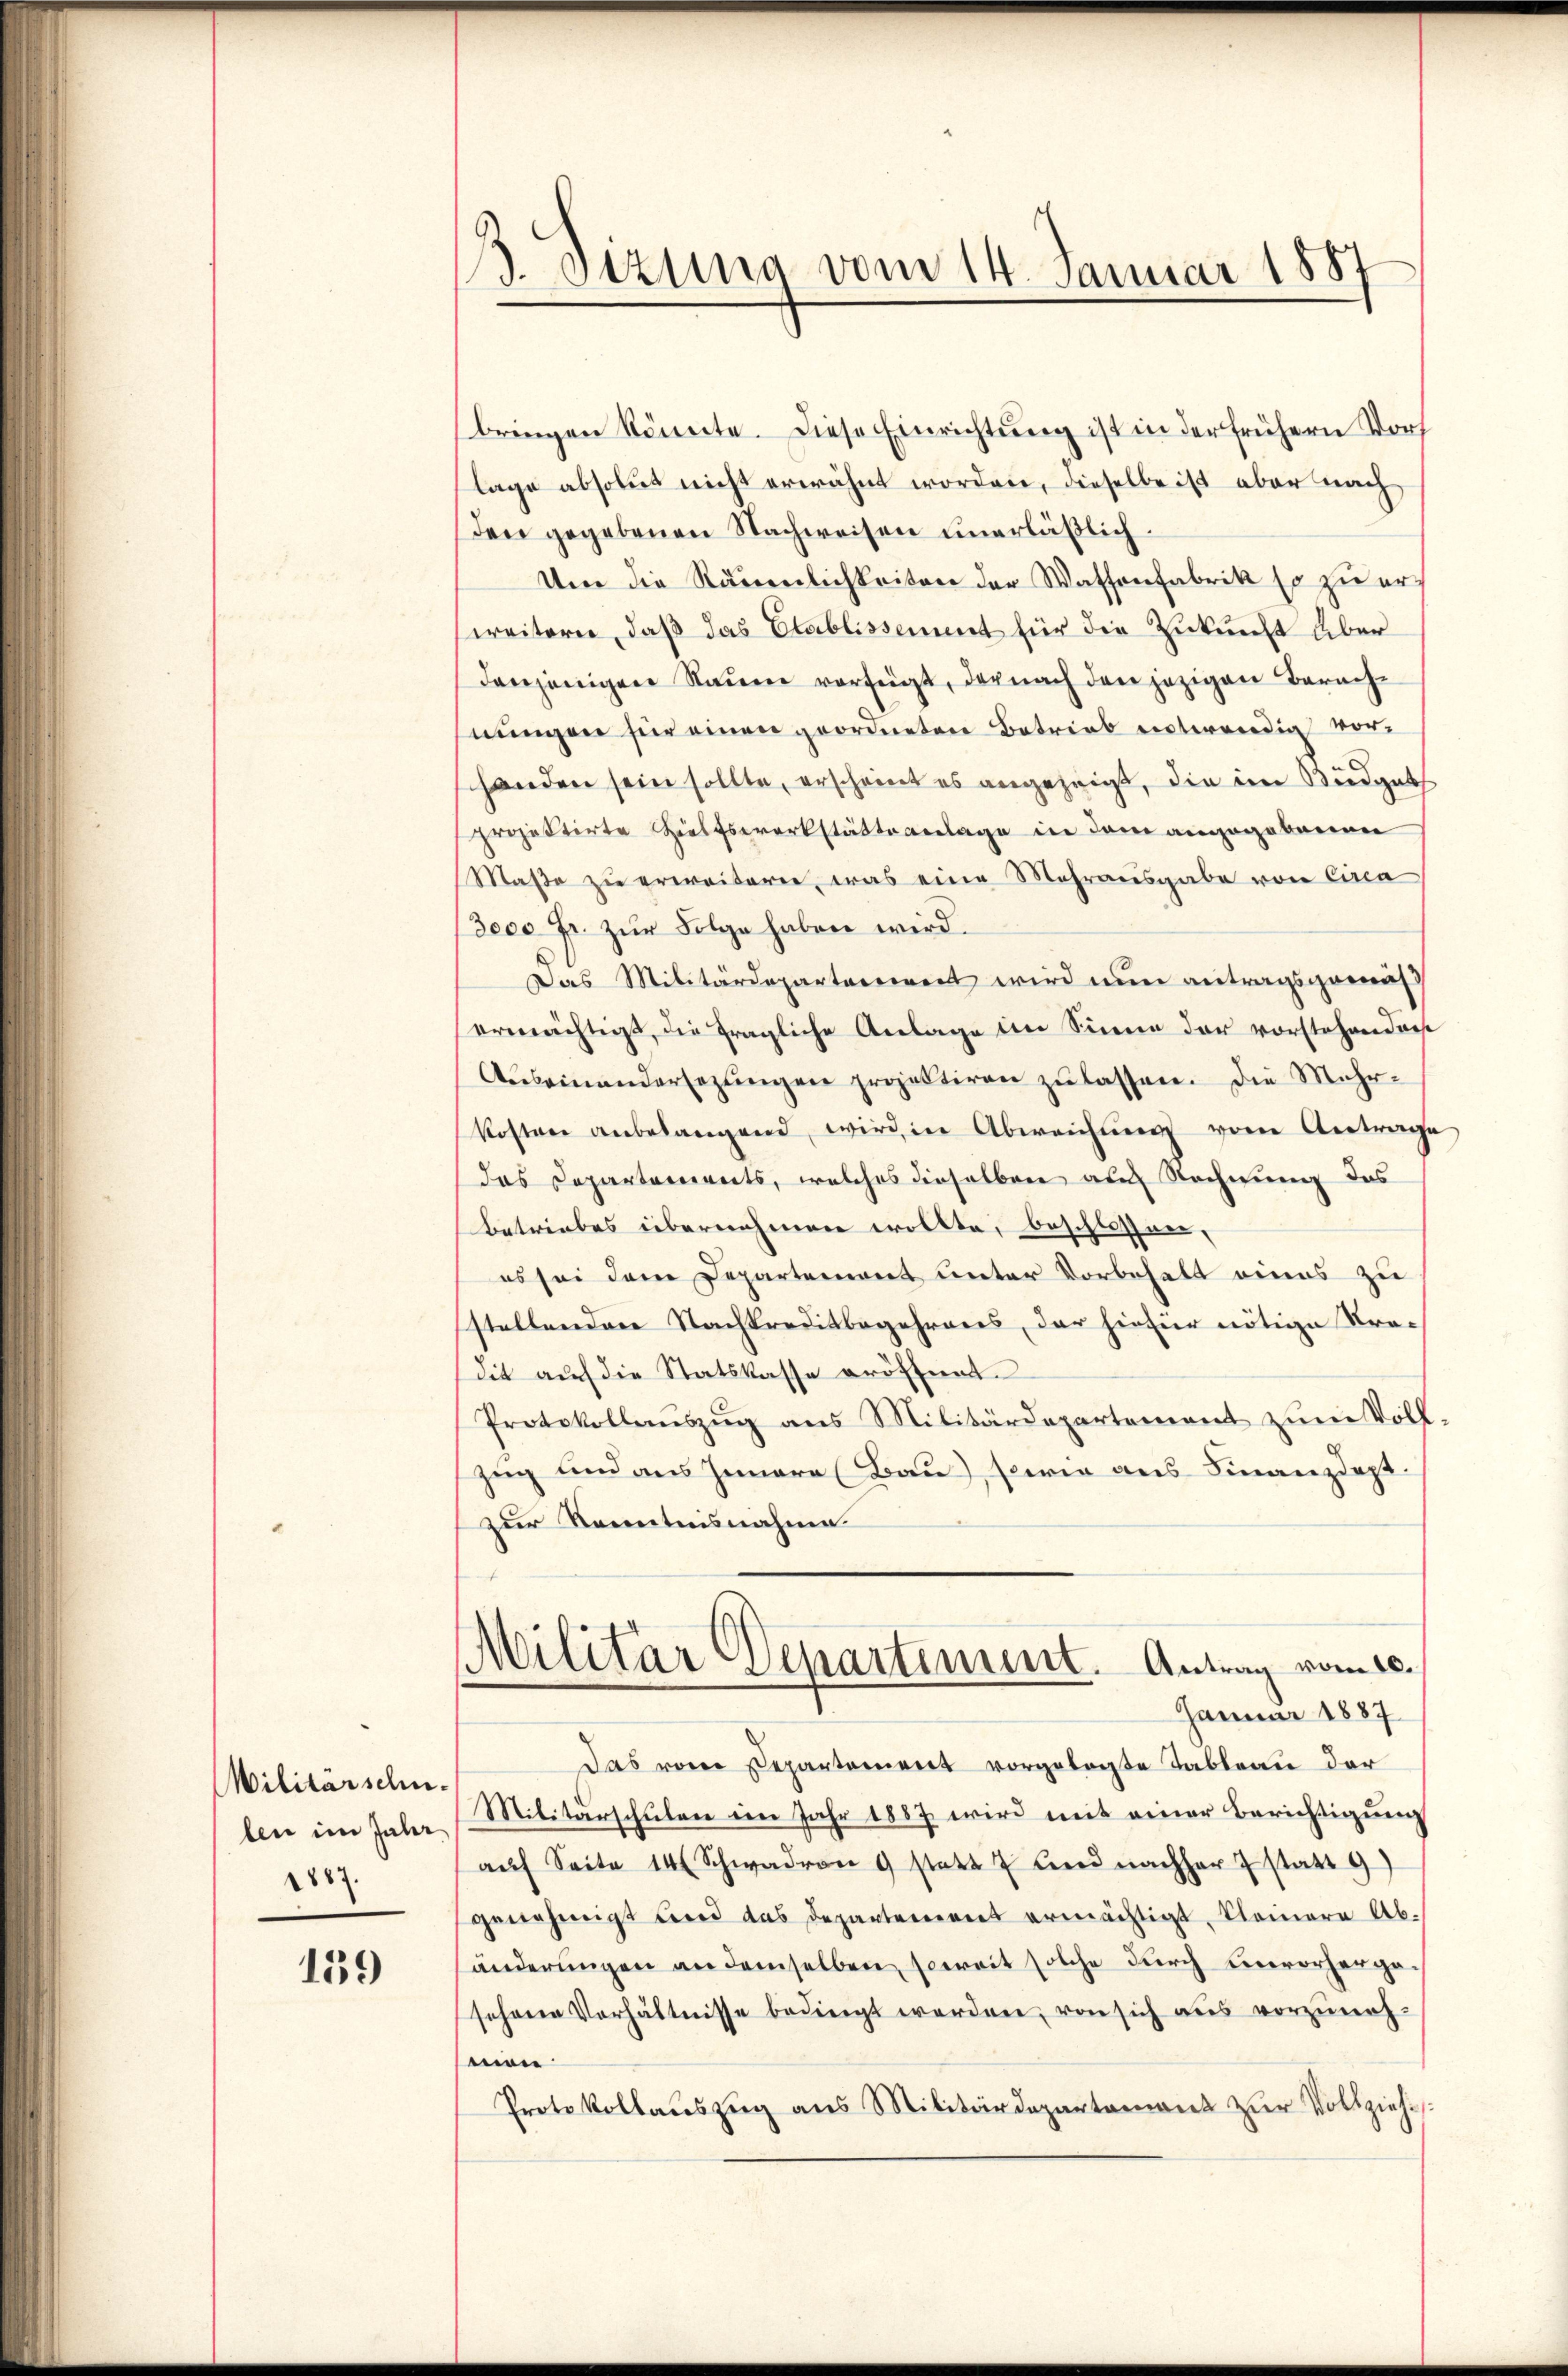
Wilitärschuben im Jahr
1887.

139

3. sezung vom 14. Januar 1887

bringen könnte. Diese Einrichtung ist in der frühern Dorf
lage absolut nicht erwähnt worden, dieselbe ist aber nach
den gegebenen Nachweisen unerläßlich.
Um die Räuenlichkeiten der Wassenfabrik so zu erweitern, daß das Etablissement für die Zukunft über
denjenigen Nauen verfügt, der nach den jezigen Berachnungen für einen geordneten Betrieb entwendig vor
schanden sein sollte, erscheint es angezeigt, die im Büdget
projektirte Hilfswerkstätte anlage in dem angegebenen
Maße zu erweitern, was eine Mehrausgabe von Circa
(3000 Fr. zur Folge haben wird.
Das Militärdepartement wird nun antragsgemäs
ermächtigt, die fragliche Anlage im Sinne der vorstehenders
Aŭseinandersezŭngen projektiren zŭ lassen. Die Mehrkostrer anbelangend, wird in Abweichung vom Antrage
das Departarierents, welches dieselben auch Rechnung das
Betriebes übernehmen wollte, beschlossen,
es sei dem Departement unter Vorbehalt eines zu
stellenden Nachkreditbegehreres, der hiefür nötige Tra-
dit auf die Statskasse eröffnet.
Protokollanszŭg ans Militärdepartement zum Vollzug und aus Innere (Bau), sowie aus Finanzdept.
zur Kenntnisnahme.
Militar Departement. Antrag vom 10.
Januar 1887
Das von Departement vorgelegte Tableau der
Militärschulen im Jahr 1887 wird mit einer Berichtigung
aŭf Seite 14 (Schwadron 9 statt 7 und nachher 7 statt 9)
genehmigt und das Departement ermächtigt, Kleinere Abänderungen an demselben, soweit solche durch unvorhergesehene Verhältnisse bedingt werden, von sich aus vorzuneh-
mon
Protokollauszug aus Militärdepartement zur Vollziehes